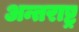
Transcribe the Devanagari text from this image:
अन्तराष्ट्र